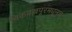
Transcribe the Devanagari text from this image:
चिकबल्लपूरमधूनच